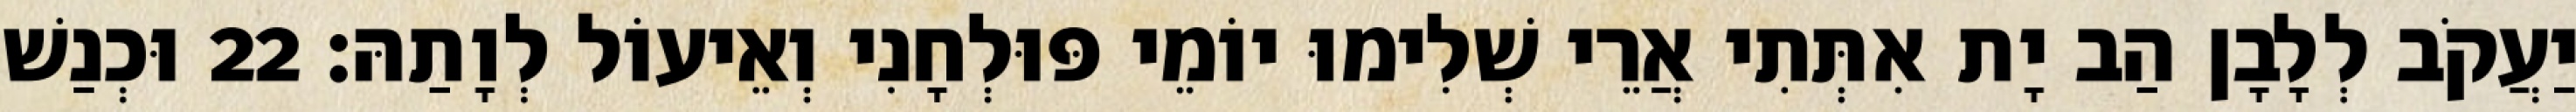
יַעֲקֹב לְלָבָן הַב יָת אִתְּתִי אֲרֵי שְׁלִימוּ יוֹמֵי פּוּלְחָנִי וְאֵיעוֹל לְוָתַהּ׃ 22 וּכְנַשׁ